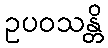
ဥပဝသန္တိ